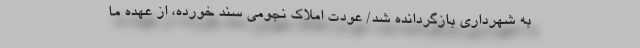
به شهرداری بازگردانده شد/ عودت املاک نجومی سند خورده‌، از عهده ما